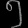
Digit: ၅